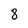
Character: 8